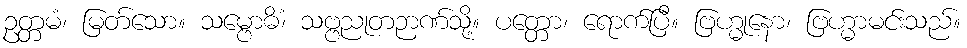
ဥတ္တမံ၊ မြတ်သော။ သမ္ဗောဓိံ၊ သဗ္ဗညုတဉာဏ်သို့။ ပတ္တော၊ ရောက်ပြီ။ ဗြဟ္မုနော၊ ဗြဟ္မာမင်းသည်။